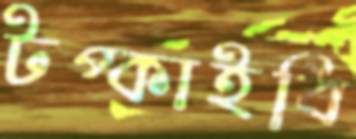
টপ্‌কাইবি